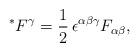
LaTeX: \begin{align*}^*{F^\gamma} = \frac{1}{2} \, \epsilon^{\alpha \beta \gamma}F_{\alpha \beta}, \end{align*}